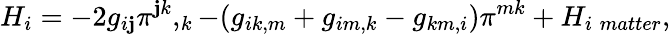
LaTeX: H_{i}=-2g_{i\mathbf{j}}\pi^{\mathbf{j}k},_{k}-(g_{ik,m}+g_{im,k}-g_{km,i})\pi^{mk}+H_{i\; matter},